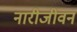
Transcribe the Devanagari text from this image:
नारीजीवन